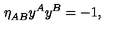
\eta _ { A B } ^ { } y ^ { A } y ^ { B } = - 1 ,